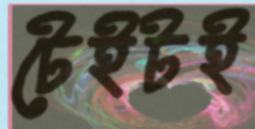
টেইটই